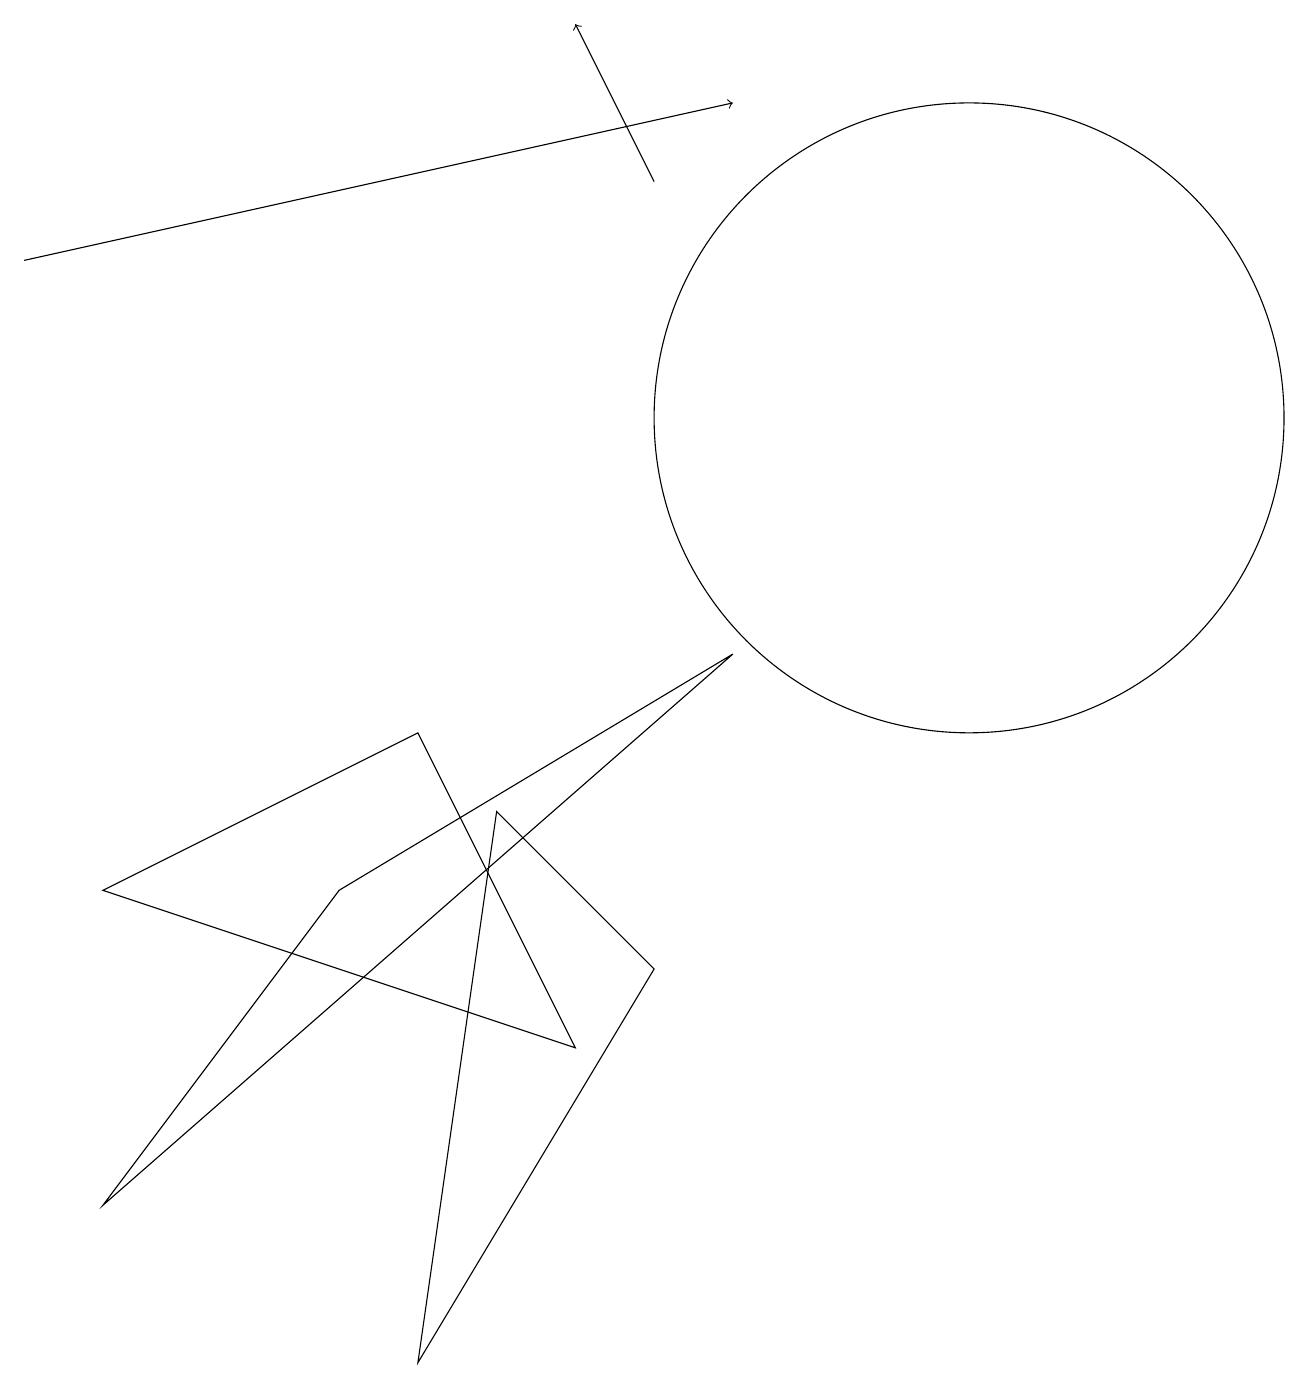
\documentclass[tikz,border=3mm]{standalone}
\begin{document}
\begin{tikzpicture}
\draw (5,8) -- (1,6) -- (7,4) -- cycle;
\draw (12,12) circle (4);
\draw (6,7) -- (8,5) -- (5,0) -- cycle;
\draw[->] (8,15) -- (7,17);
\draw[->] (0,14) -- (9,16);
\draw (4,6) -- (1,2) -- (9,9) -- cycle;
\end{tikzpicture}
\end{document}